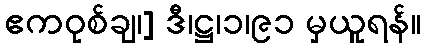
ဧကဝုစ်ချ၊] ဒီ၊ဋ္ဌ၊၁၊၉၁ မှယူရန်။